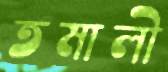
তমালী